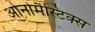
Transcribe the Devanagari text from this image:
ओनोमैस्टिक्स